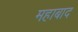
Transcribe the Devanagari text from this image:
महाबाद